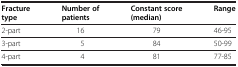
| Fracture type | Number of patients | Constant score(median) | Range |
 | --- | --- | --- | --- |
 | 2-part | 16 | 79 | 46-95 |
 | 3-part | 5 | 84 | 50-99 |
 | 4-part | 4 | 81 | 77-85 |